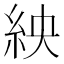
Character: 紻